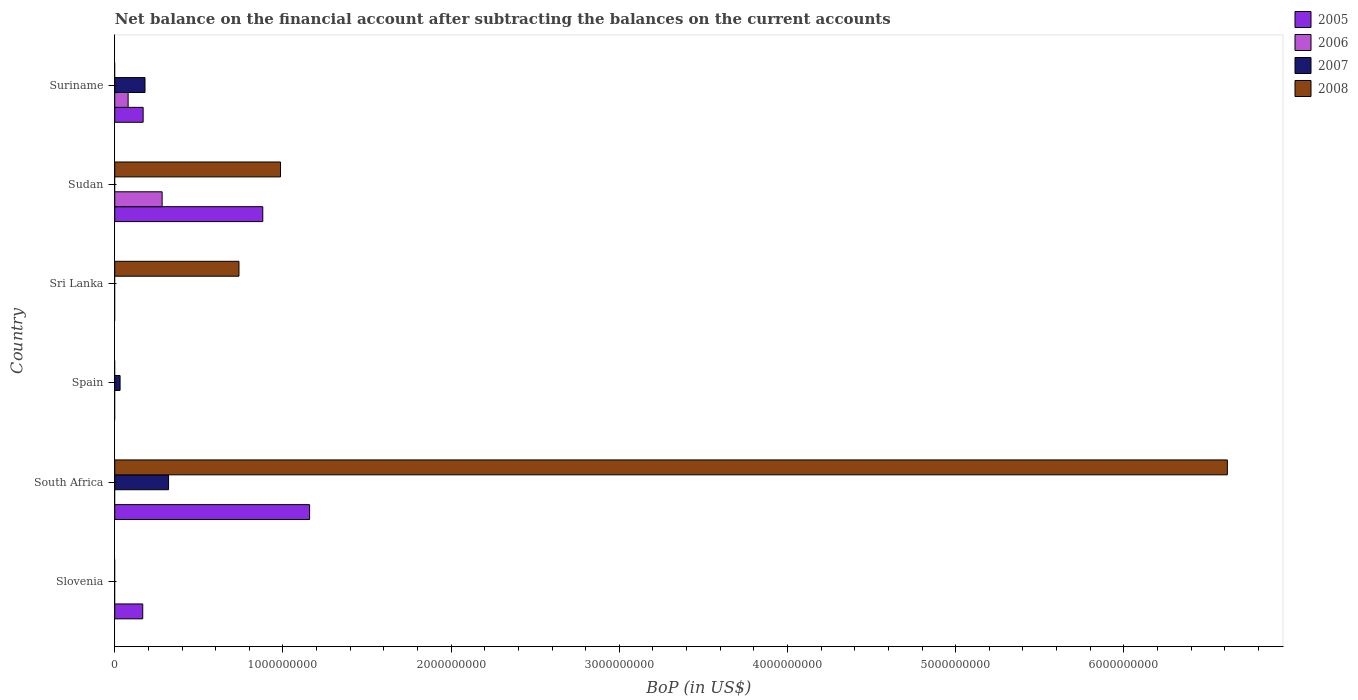
| Country | 2005 | 2006 | 2007 | 2008 |
 | --- | --- | --- | --- | --- |
 | Slovenia | 1.66e+08 | -6.95e+08 | -6.7e+08 | -8.53e+08 |
 | South Africa | 1.16e+09 | -3.87e+08 | 3.2e+08 | 6.62e+09 |
 | Spain | -1.69e+09 | -3.57e+09 | 3.16e+07 | -1.76e+09 |
 | Sri Lanka | -6.48e+07 | -9.64e+07 | -1.55e+08 | 7.39e+08 |
 | Sudan | 8.8e+08 | 2.82e+08 | -1.15e+09 | 9.86e+08 |
 | Suriname | 1.69e+08 | 7.95e+07 | 1.8e+08 | -1e+08 |